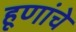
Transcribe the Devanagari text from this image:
हूणांचे